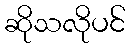
ဆိုသလိုပင်